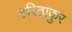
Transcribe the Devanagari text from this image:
हरिठाकुर